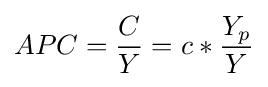
APC={\frac {C}{Y}}=c*{\frac {Y_{p}}{Y}}